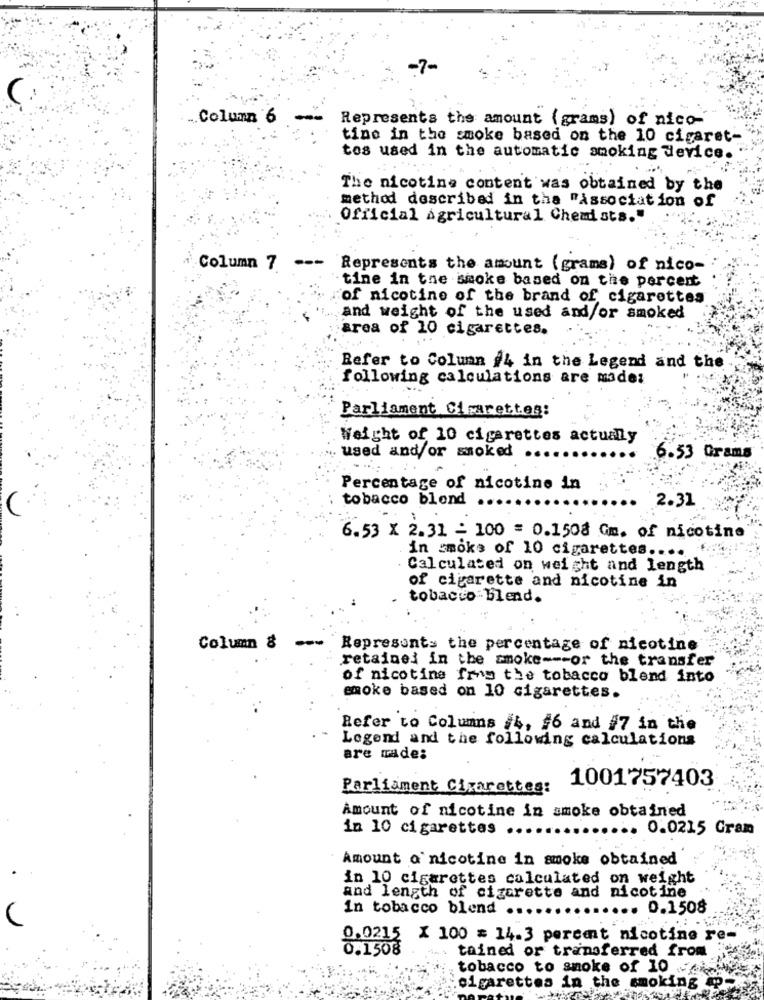
-7-
.. Column 6
Represents the amount ( grams) of nico-
time in the smoke based on the 10 cigaret-
tos used in the automatic smoking device. "
The nicotine content was obtained by the
method described in tha "association of
Official Agricultural Chemists."
Column 7 ---
Represents the amount (grams) of nico-
tine in the smoke based on the percent
of nicotine of the brand of cigarettes
and weight of the used and/or smoked
area of 10 cigarettes.
Refer to Column #4 in the Legend and the
following calculations are made:
Parliament Cigarettes:
Weight of 10 cigarettes actually
.. used and/or smoked
6.53 Grams
Percentage of nicotine in
tobacco blond
2.31
6.53 X 2.31 - 100 = 0.1508 Gm. of nicotine
in smoke of 10 cigarettes ....
Calculated on weight and length
of cigarette and nicotine in
tobacco- blend.
Column &
-
Represents the percentage of nicotine
retained in the smoke --- or the transfer
of nicotine from the tobacco blend into
smoke based on 10 cigarettes.
Refer to Columns #4, $6 and #7 in the
Legend and the following calculations
are made:
Parliament Cigarettes:
1001757403
Amount of nicotine in smoke obtained
in 10 cigarettes ..
... 0.0215 Gram
Amount o'nicotine in smoke obtained
in 10 cigarettes calculated on weight
and length of cigarette and nicotine
in tobacco blend
0.1508
0.0215 X 100 = 14.3 percent nicotine re-
0.1508
tained or transferred from
tobacco to smoke of 10
cigarettes in the smoking